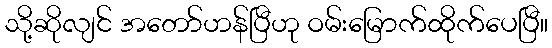
သို့ဆိုလျင် အတော်ဟန်ပြီဟု ဝမ်းမြောက်ထိုက်ပေပြီ။